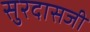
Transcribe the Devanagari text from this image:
सुरदासजी